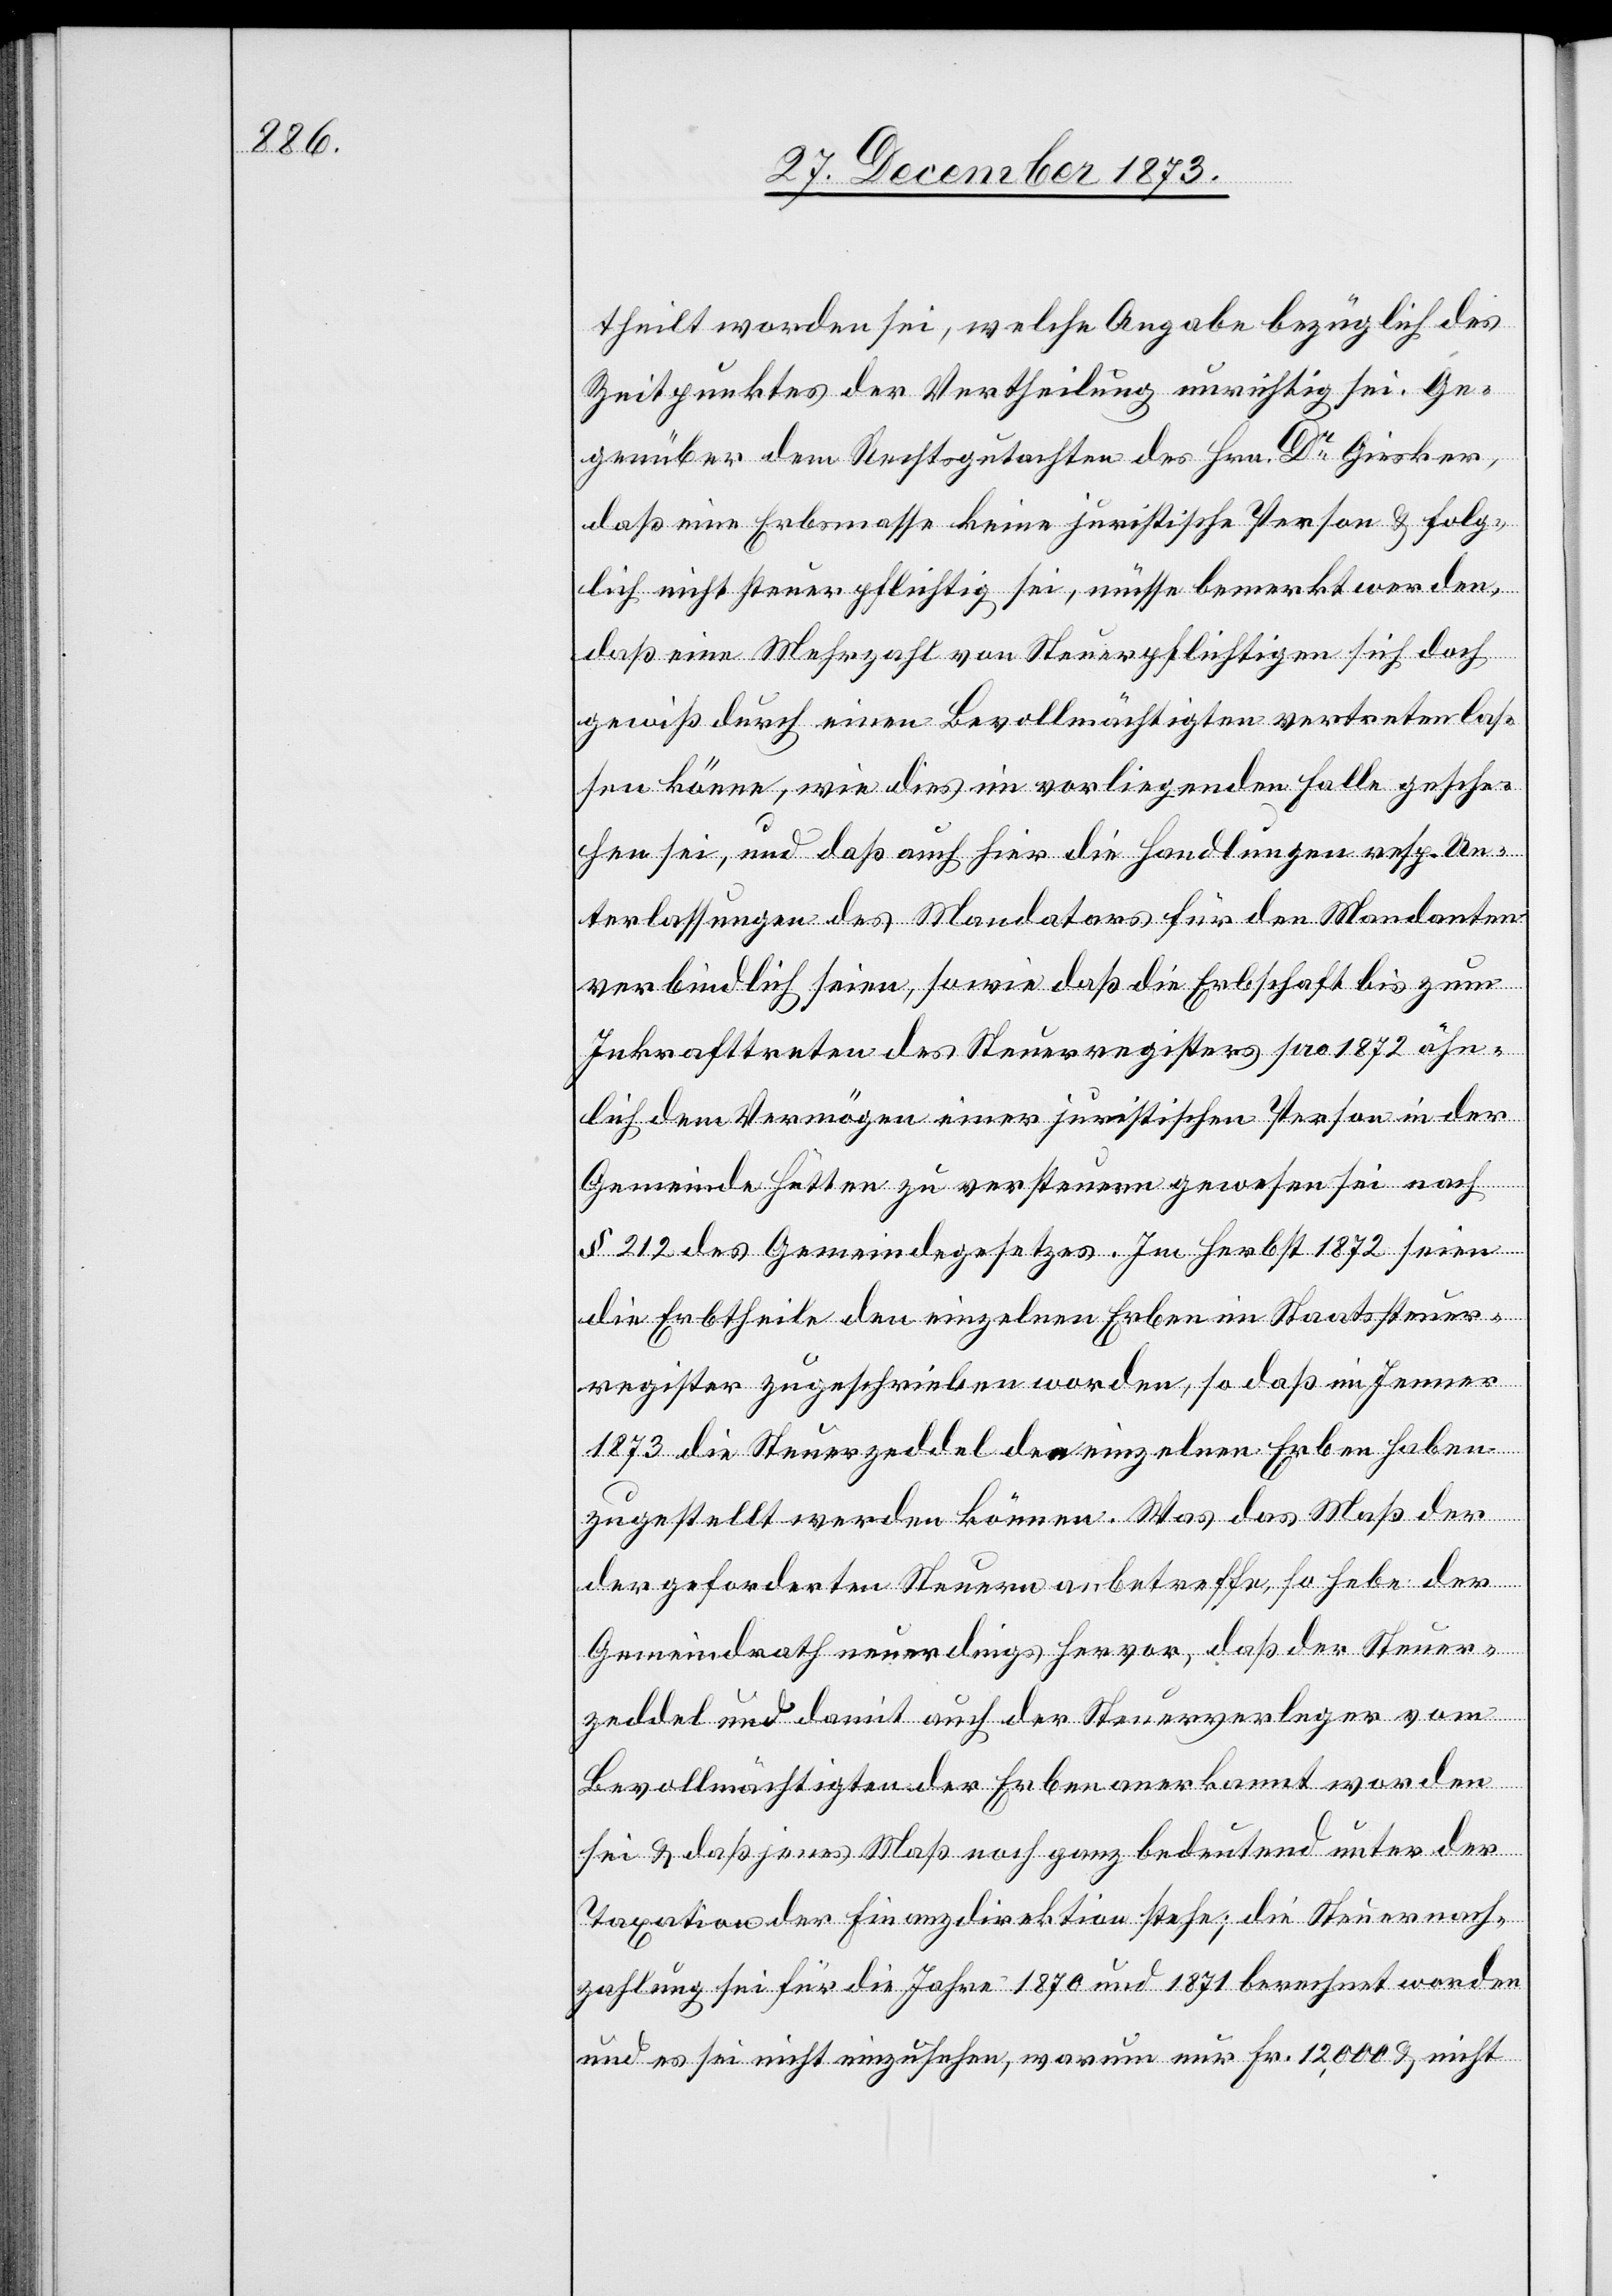
theilt worden sei, welche Angabe bezüglich des
Zeitpunktes der Vertheilung unrichtig sei. Ge¬
genüber dem Rechtsgutachten des Hrn. Dr Giesker,
daß eine Erbsmasse keine juristische Person & folg¬
lich nicht steuerpflichtig sei, müsse bemerkt werden,
daß eine Mehrzahl von Steuerpflichtigen sich doch
gewiß durch einen Bevollmächtigten vertreten las¬
sen könne, wie dies im vorliegenden Falle gesche¬
hen sei, und daß auch hier die Handlungen resp. Un¬
terlassungen des Mandatars für den Mandanten
verbindlich seien, sowie daß die Erbschaft bis zum
Inkrafttreten des Steuerregisters pro 1872 ähn¬
lich dem Vermögen einer juristischen Person in der
Gemeinde Hütten zu versteuern gewesen sei nach
§ 212 des Gemeindegesetzes. Im Herbst 1872 seien
die Erbtheile den einzelnen Erben im Staatssteuer¬
register zugeschrieben worden, so das im Jenner
1873 die Steuerzeddel den einzelnen Erben haben
zugestellt werden können. Was das Maß der
geforderten Steuern anbetreffe, so hebe der
Gemeindrath neuerdings hervor, daß der Steuer¬
zeddel und damit auch der Steuerverleger vom
Bevollmächtigten der Erben anerkannt worden
sei & daß jenes Maß noch ganz bedeutend unter der
Taxation der Finanzdirektion stehe; die Steuernach¬
zahlung sei für die Jahre 1870 und 1871 berechnet worden
und es sei nicht einzusehen, warum nur Fr. 12,000 & nicht